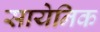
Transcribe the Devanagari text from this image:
सायेनिक